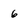
Character: 6